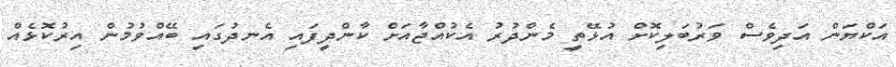
އަކްޔަން އަދިވެސް ވަރުބަލިކޮށް އުޅޭތީ މެންދުރު އެކުއްޖާއަށް ކާންދީފައި އެނދުގައި ބޭއްވުމުން އިރުކޮޅެއް